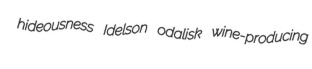
hideousness Idelson odalisk wine-producing